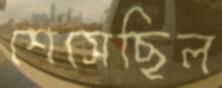
শেসেছিল